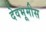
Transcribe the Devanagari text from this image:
देवभूमीस